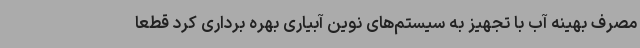
مصرف بهینه آب با تجهیز به سیستم‌های نوین آبیاری بهره برداری کرد قطعا